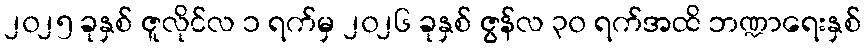
၂၀၂၅ ခုနှစ် ဇူလိုင်လ ၁ ရက်မှ ၂၀၂၆ ခုနှစ် ဇွန်လ ၃၀ ရက်အထိ ဘဏ္ဍာရေးနှစ်